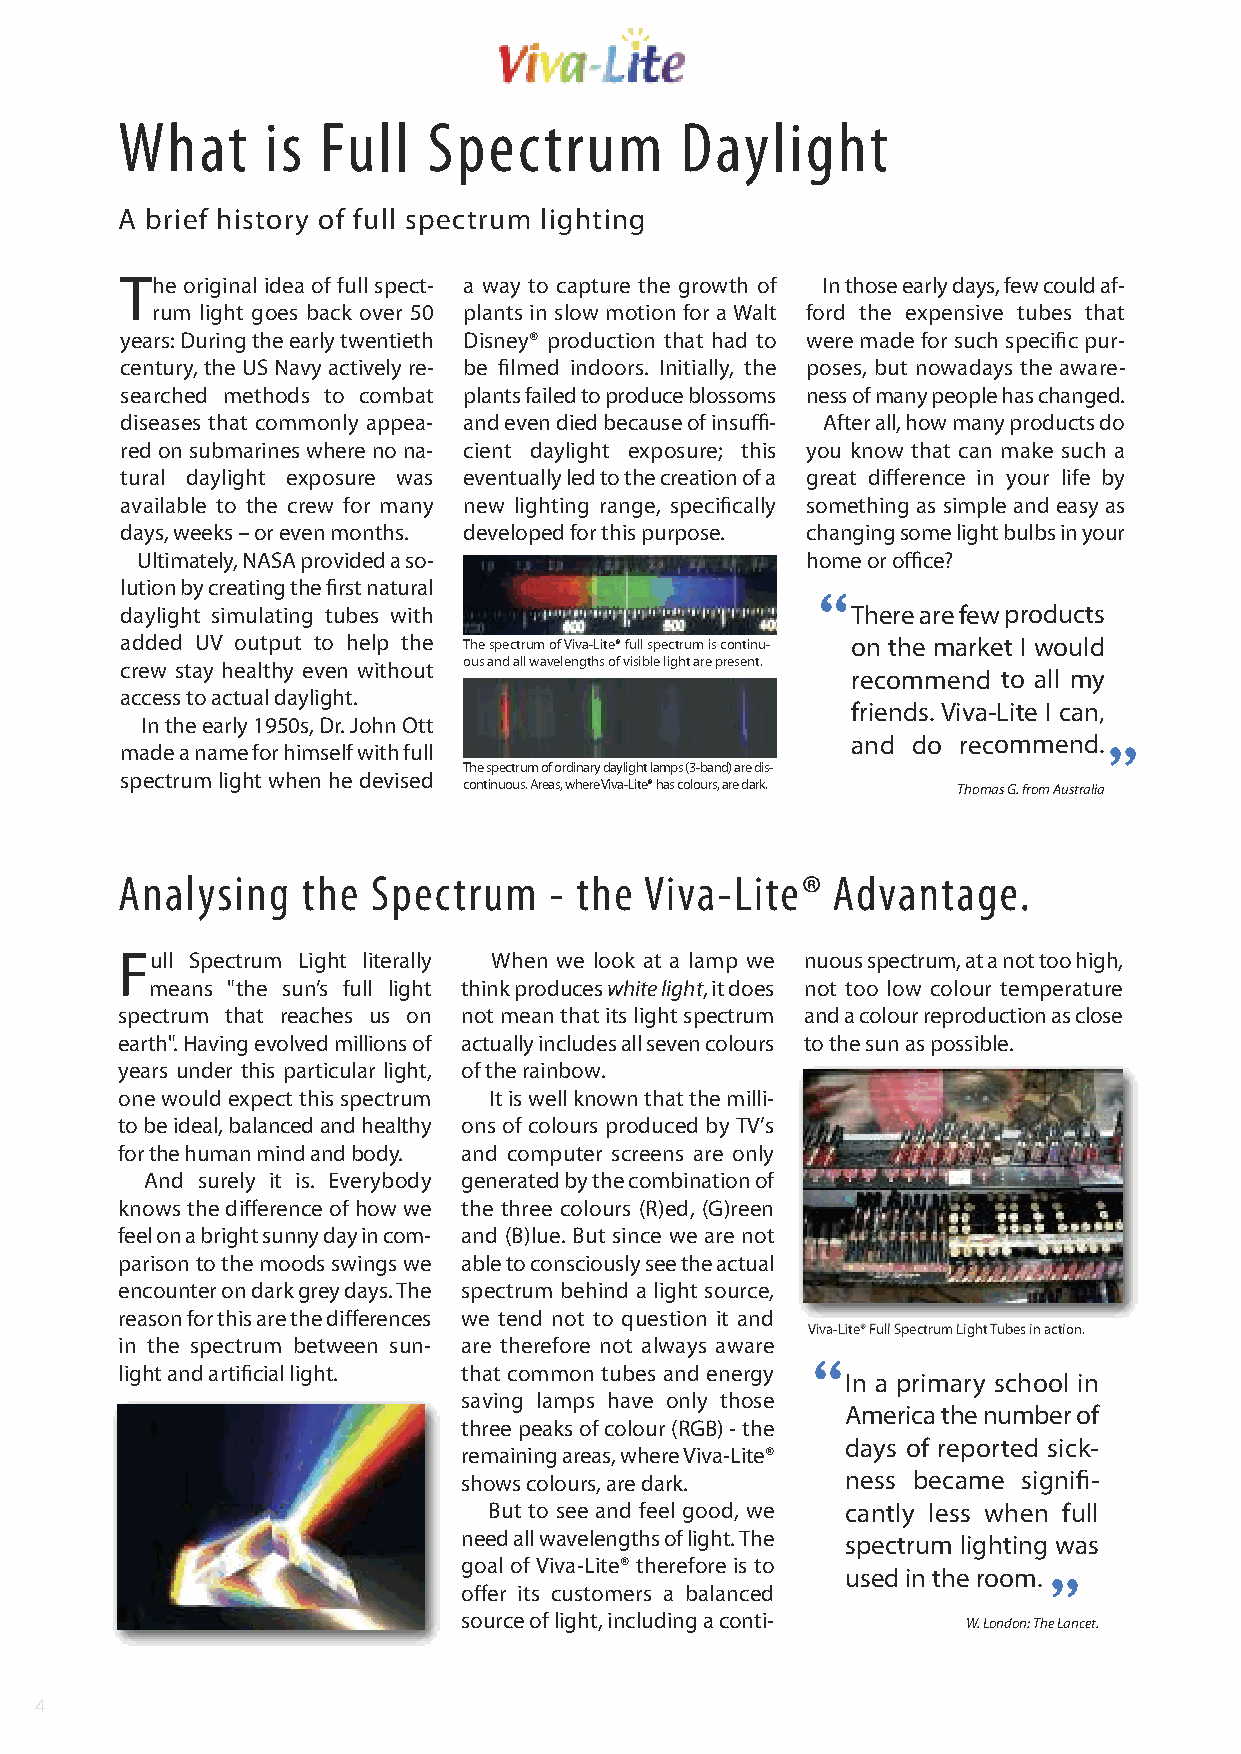
What      is Full   Spectrum         Daylight
 A brief history of full spectrum lighting
 The original idea of full spect- a way to capture the growth of In those early days, few could af-
 rum light goes back over 50 plants in slow motion for a Walt ford the expensive tubes that
 years: During the early twentieth Disney® production that had to were made for such specific pur-
 century, the US Navy actively re- be filmed indoors. Initially, the poses, but nowadays the aware-
 searched methods to combat plants failed to produce blossoms ness of many people has changed.
 diseases that commonly appea- and even died because of insuffi- After all, how many products do
 red on submarines where no na- cient daylight exposure; this you know that can make such a
 tural daylight exposure was eventually led to the creation of a great difference in your life by
 available to the crew for many new lighting range, specifically something as simple and easy as
 days, weeks – or even months. developed for this purpose. changing some light bulbs in your
 Ultimately, NASA provided a so-             home or office?
 lution by creating the first natural
 “
 daylight simulating tubes with                  There are few products
 added UV output to help the The spectrum of Viva-Lite® full spectrum is continu- on the market I would
 crew stay healthy even without ous and all wavelengths of visible light are present.
 recommend to all my
 access to actual daylight.                                       “
 friends. Viva-Lite I can,
 In the early 1950s, Dr. John Ott
 and do recommend.
 made a name for himself with full
 The spectrum of ordinary daylight lamps (3-band) are dis-
 spectrum light when he devised
 continuous. Areas, where Viva-Lite®has colours, are dark. Thomas G. from Australia
 Analysing   the  Spectrum   - the  Viva-Lite®  Advantage.
 Full Spectrum Light literally When we look at a lamp we nuous spectrum, at a not too high,
 means "the sun’s full light think produces white light, it does not too low colour temperature
 spectrum that reaches us on not mean that its light spectrum and a colour reproduction as close
 earth". Having evolved millions of actually includes all seven colours to the sun as possible.
 years under this particular light, of the rainbow.
 one would expect this spectrum It is well known that the milli-
 to be ideal, balanced and healthy ons of colours produced by TV’s
 for the human mind and body. and computer screens are only
 And surely it is. Everybody generated by the combination of
 knows the difference of how we the three colours (R)ed, (G)reen
 feel on a bright sunny day in com- and (B)lue. But since we are not
 parison to the moods swings we able to consciously see the actual
 encounter on dark grey days. The spectrum behind a light source,
 reason for this are the differences we tend not to question it and
 Viva-Lite® Full Spectrum Light Tubes in action.
 in the spectrum between sun- are therefore not always aware
 “
 light and artificial light. that common tubes and energy
 In a primary school in
 saving lamps have only those
 America the number of
 three peaks of colour (RGB) - the
 days of reported sick-
 remaining areas, where Viva-Lite®
 shows colours, are dark. ness became signifi-
 But to see and feel good, we cantly less when full
 “
 need all wavelengths of light. The spectrum lighting was
 goal of Viva-Lite® therefore is to
 used in the room.
 offer its customers a balanced
 source of light, including a conti- W. London: The Lancet.
 4